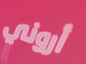
أروني